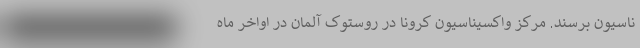
ناسیون برسند. مرکز واکسیناسیون کرونا در روستوک آلمان در اواخر ماه